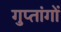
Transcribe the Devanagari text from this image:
गुप्‍तांगों